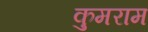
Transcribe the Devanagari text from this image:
कुमराम